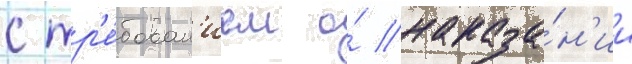
с тр'е́бован'ием о́ наказа́н'ии